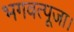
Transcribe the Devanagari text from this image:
भगवत्पूजा।